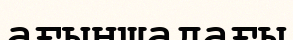
ағыншадағы